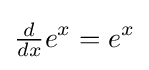
{\tfrac {d}{dx}}e^{x}=e^{x}